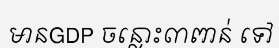
មានGDP ចន្លោះ៣ពាន់ ទៅ